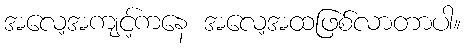
အလေ့အကျင့်ကနေ အလေ့အထဖြစ်လာတာပါ။